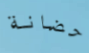
حضانة